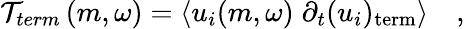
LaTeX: \mathcal{T}_{term}\left(m,\omega\right)=\left<u_{i}{\left(m,\omega\right)}\; \partial_{t}(u_{i})_{\textrm{term}}\right>\quad\textrm{,}